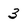
Character: 3